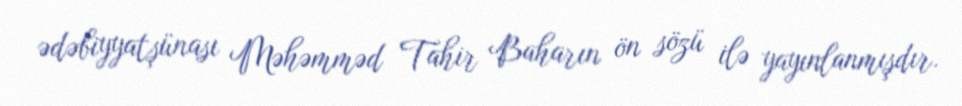
ədəbiyyatşünası Məhəmməd Tahir Baharın ön sözü ilə yayınlanmışdır.